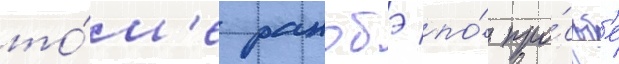
то́м'е ранобэ по́ про́сьб'е